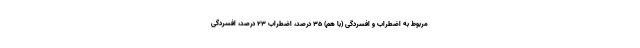
مربوط به اضطراب و افسردگی (با هم) ۳۵ درصد، اضطراب ۲۳ درصد، افسردگی